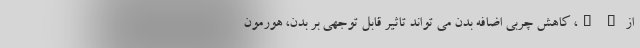
از " "، کاهش چربی اضافه بدن می تواند تاثیر قابل توجهی بر بدن، هورمون